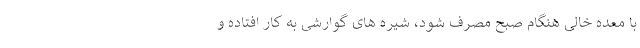
با معده خالی هنگام صبح مصرف شود، شیره های گوارشی به کار افتاده و